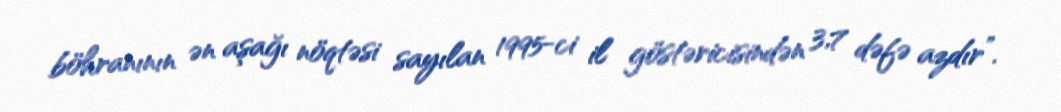
böhranının ən aşağı nöqtəsi sayılan 1995-ci il göstəricisindən 3,7 dəfə azdır”.